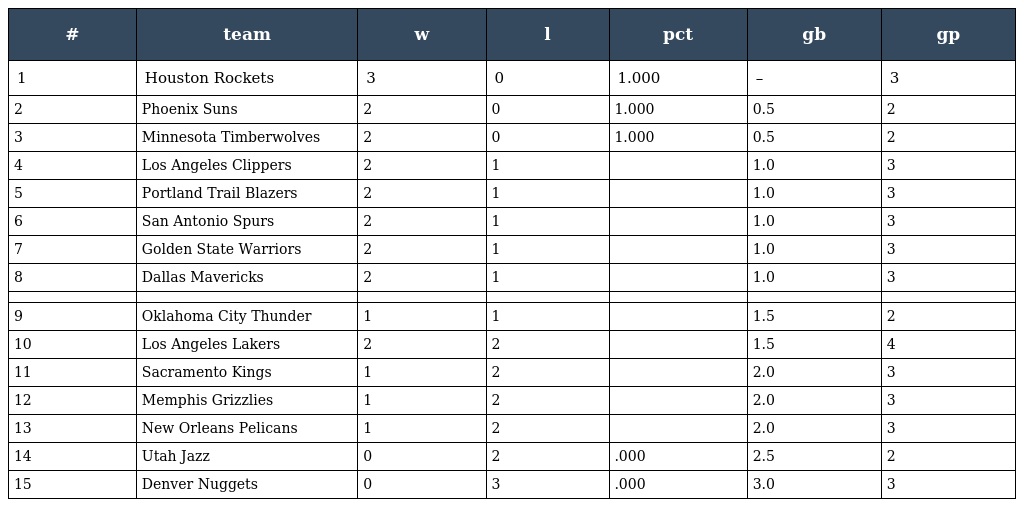
| # | team | w | l | pct | gb | gp |
 | --- | --- | --- | --- | --- | --- | --- |
 | 1 | Houston Rockets | 3 | 0 | 1.000 | – | 3 |
 | 2 | Phoenix Suns | 2 | 0 | 1.000 | 0.5 | 2 |
 | 3 | Minnesota Timberwolves | 2 | 0 | 1.000 | 0.5 | 2 |
 | 4 | Los Angeles Clippers | 2 | 1 |  | 1.0 | 3 |
 | 5 | Portland Trail Blazers | 2 | 1 |  | 1.0 | 3 |
 | 6 | San Antonio Spurs | 2 | 1 |  | 1.0 | 3 |
 | 7 | Golden State Warriors | 2 | 1 |  | 1.0 | 3 |
 | 8 | Dallas Mavericks | 2 | 1 |  | 1.0 | 3 |
 |  |  |  |  |  |  |  |
 | 9 | Oklahoma City Thunder | 1 | 1 |  | 1.5 | 2 |
 | 10 | Los Angeles Lakers | 2 | 2 |  | 1.5 | 4 |
 | 11 | Sacramento Kings | 1 | 2 |  | 2.0 | 3 |
 | 12 | Memphis Grizzlies | 1 | 2 |  | 2.0 | 3 |
 | 13 | New Orleans Pelicans | 1 | 2 |  | 2.0 | 3 |
 | 14 | Utah Jazz | 0 | 2 | .000 | 2.5 | 2 |
 | 15 | Denver Nuggets | 0 | 3 | .000 | 3.0 | 3 |